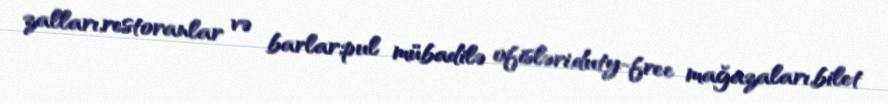
zalları,restoranlar və barlar,pul mübadilə ofisləri,duty-free mağazaları,bilet